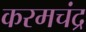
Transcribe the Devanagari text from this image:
करमचंद्र